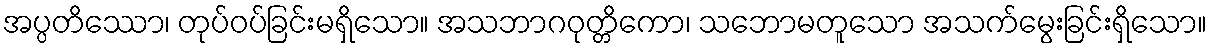
အပ္ပတိဿော၊ တုပ်ဝပ်ခြင်းမရှိသော။ အသဘာဂဝုတ္တိကော၊ သဘောမတူသော အသက်မွေးခြင်းရှိသော။